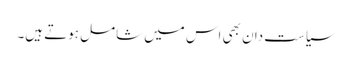
سیاست دان بھی اس میں شامل ہوتے ہیں۔